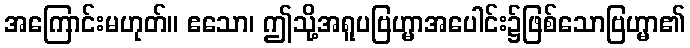
အကြောင်းမဟုတ်။ ဧသော၊ ဤသို့အရူပဗြဟ္မာအပေါင်း၌ဖြစ်သောဗြဟ္မာ၏